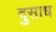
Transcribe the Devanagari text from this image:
दुसाध